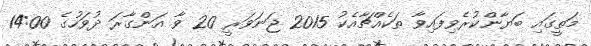
މަތީގައި ބަޔާންކުރެވިފައިވާ ތަކެއްޗާއެކު 2015 ޖަނަވަރީ 20 ވާ އަންގާރަ ދުވަހުގެ 14:00